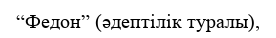
“Федон” (әдептілік туралы),